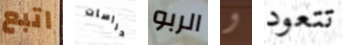
اتبع دراسات الربو و تتعود